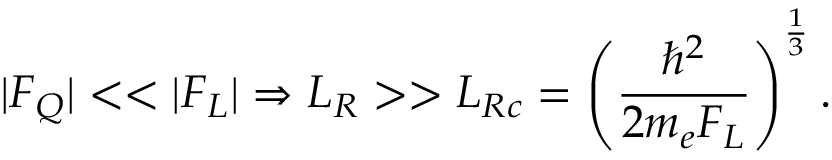
| F _ { Q } | < < | F _ { L } | \Rightarrow L _ { R } > > L _ { R c } = \left( \frac { \hbar ^ { 2 } } { 2 m _ { e } F _ { L } } \right) ^ { \frac { 1 } { 3 } } .